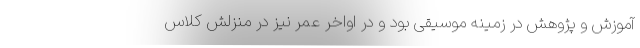
آموزش و پژوهش در زمینهٔ موسیقی بود و در اواخر عمر نیز در منزلش کلاس